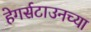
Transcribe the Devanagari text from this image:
हेगर्सटाउनच्या